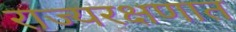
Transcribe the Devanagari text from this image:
राज्यरक्षणात